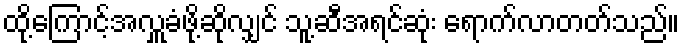
ထို့ကြောင့်အလှူခံဖို့ဆိုလျှင် သူ့ဆီအရင်ဆုံး ရောက်လာတတ်သည်။